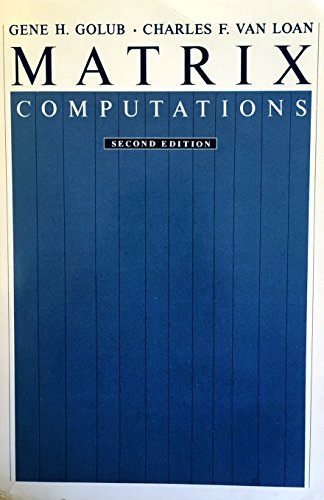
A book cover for Matrix Computations (Johns Hopkins Studies in the Mathematical Sciences); Professor Gene H. Golub; Science & Math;